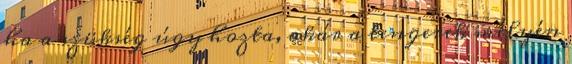
ha a szükség úgy hozta, akár a tengerek mélyén